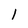
Character: I